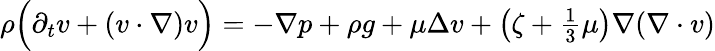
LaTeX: \begin{array}{r}{\rho\Big(\partial_{t}v+(v\cdot\nabla)v\Big)=-\nabla p+\rho g+\mu\Delta v+\left(\zeta+\frac{1}{3}\mu\right)\nabla(\nabla\cdot v)}\end{array}